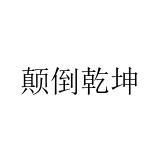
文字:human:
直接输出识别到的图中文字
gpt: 颠倒乾坤